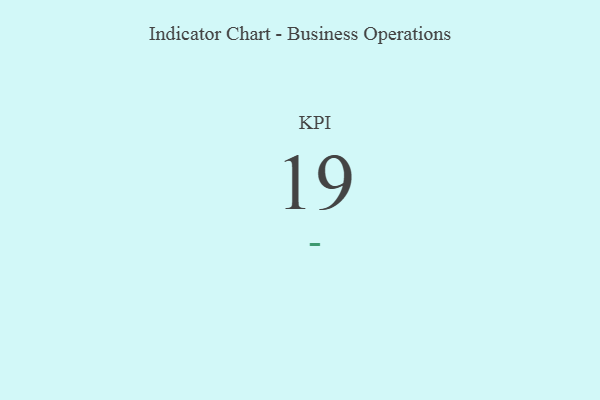
{"axis": {"x": "KPI", "y": "Value"}, "legend": [""], "data": [{"x": "KPI", "y": 19, "type": ""}]}